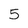
Character: 5